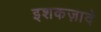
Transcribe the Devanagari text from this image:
इशकज़ादे